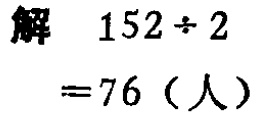
解 \(152\div 2\)

\(=76\)（人）